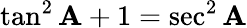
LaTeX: \tan^{2}\mathbf{A}+1=\sec^{2}\mathbf{A}